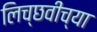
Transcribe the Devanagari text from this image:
लिच्छवीच्या